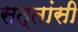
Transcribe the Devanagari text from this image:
सत्तांसी